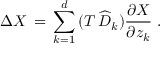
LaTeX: \Delta X \, = \, \sum _ { k = 1 } ^ { d } \, ( T \, \widehat { D } _ { k } ) \frac { \partial X } { \partial z _ { k } } \; .